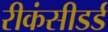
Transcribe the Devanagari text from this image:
रीकंसीडर्ड